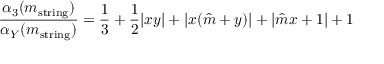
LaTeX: \frac { \alpha _ { 3 } ( m _ { \mathrm { s t r i n g } } ) } { \alpha _ { Y } ( m _ { \mathrm { s t r i n g } } ) } = \frac { 1 } { 3 } + \frac { 1 } { 2 } | x y | + | x ( \hat { m } + y ) | + | \hat { m } x + 1 | + 1